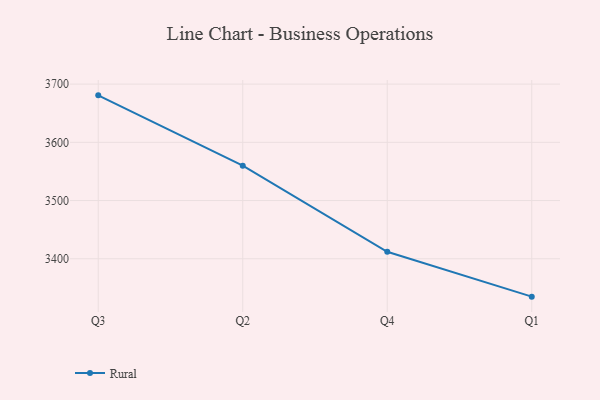
{"axis": {"x": "Quarter", "y": "Active Users"}, "legend": ["Rural"], "data": [{"x": "Q3", "y": 3680.7, "type": "Rural"}, {"x": "Q2", "y": 3559.9, "type": "Rural"}, {"x": "Q4", "y": 3412.0, "type": "Rural"}, {"x": "Q1", "y": 3334.9, "type": "Rural"}]}